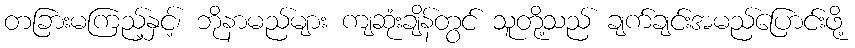
တခြားမကြည့်နှင့်၊ ဘိုနာမည်များ ကျဆုံးချိန်တွင် သူတို့သည် ချက်ချင်းအမည်ပြောင်းဖို့